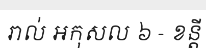
រាល់ អកុសល ៦ - ខន្តី